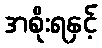
အစိုးရနှင့်